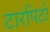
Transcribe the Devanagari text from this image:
टारपिटो